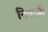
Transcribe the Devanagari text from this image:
निवाज़ी